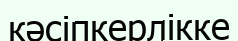
кәсіпкерлікке